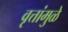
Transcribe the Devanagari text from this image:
वृत्तांमुळे